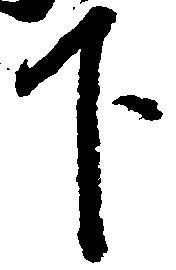
下